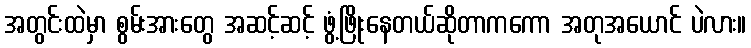
အတွင်းထဲမှာ စွမ်းအားတွေ အဆင့်ဆင့် ဖွံ့ဖြိုးနေတယ်ဆိုတာကကော အတုအယောင် ပဲလား။